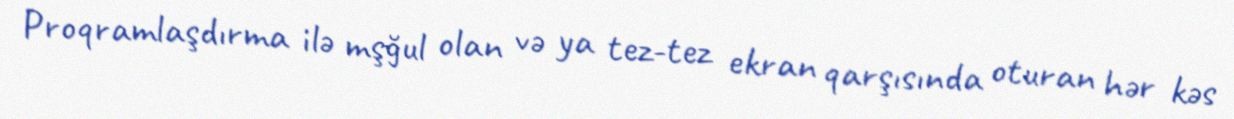
Proqramlaşdırma ilə mşğul olan və ya tez-tez ekran qarşısında oturan hər kəs